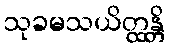
သုခမသယိတ္ထန္တိ